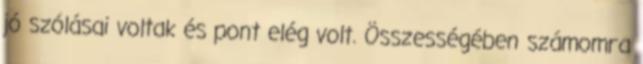
jó szólásai voltak és pont elég volt. Összességében számomra